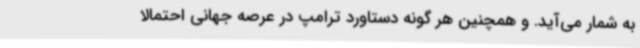
به شمار می‌آید. و همچنین هر گونه دستاورد ترامپ در عرصه جهانی احتمالا